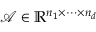
\mathcal { A } \in \mathbb { R } ^ { n _ { 1 } \times \cdots \times n _ { d } }